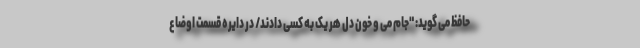
حافظ می گوید: "جام می و خون دل هر یک به کسی دادند/ در دایره قسمت اوضاع